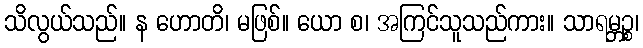
သိလွယ်သည်။ န ဟောတိ၊ မဖြစ်။ ယော စ၊ အကြင်သူသည်ကား။ သာရမ္ဘဉ္စ၊